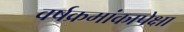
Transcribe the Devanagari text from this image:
वर्षक्रमांकापेक्षा